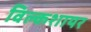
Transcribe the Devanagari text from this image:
विल्कशायर